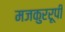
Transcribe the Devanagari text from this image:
मजकुररूपी